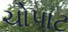
ચોપાટ